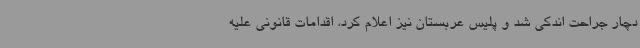
دچار جراحت اندکی شد و پلیس عربستان نیز اعلام کرد، اقدامات قانونی علیه